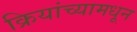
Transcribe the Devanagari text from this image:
क्रियांच्यामधून